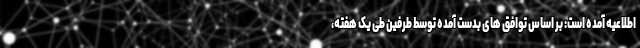
اطلاعیه آمده است: بر اساس توافق های بدست آمده توسط طرفین طی یک هفته،